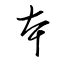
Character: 夲